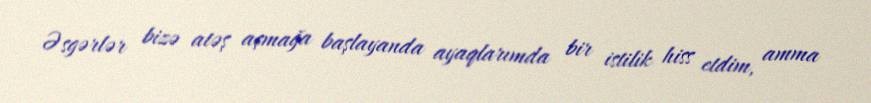
Əsgərlər bizə atəş açmağa başlayanda ayaqlarımda bir istilik hiss etdim, amma